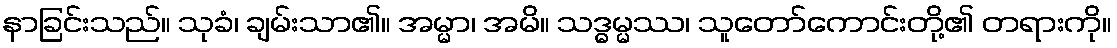
နာခြင်းသည်။ သုခံ၊ ချမ်းသာ၏။ အမ္မာ၊ အမိ။ သဒ္ဓမ္မဿ၊ သူတော်ကောင်းတို့၏ တရားကို။